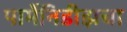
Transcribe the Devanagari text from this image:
पार्मेनिडीझचा